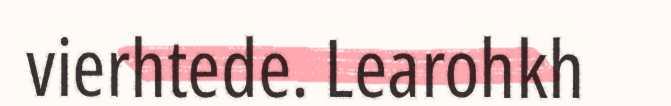
vierhtede. Learohkh